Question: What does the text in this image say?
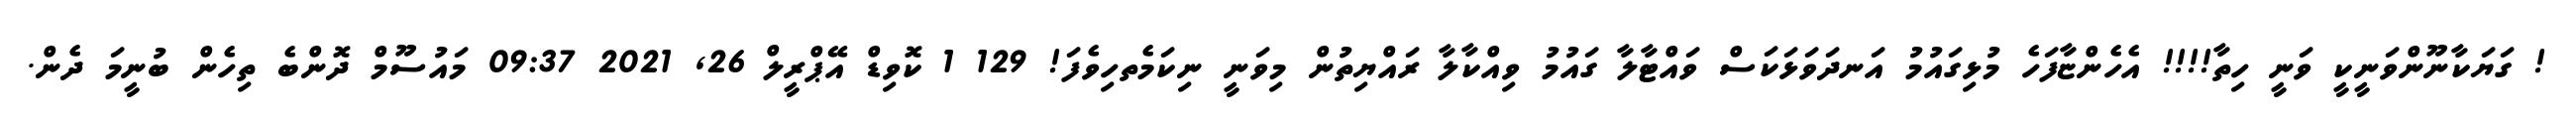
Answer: ! ގަޔަކާނޫންވަނީކީ ވަނީ ހިތާ!!!! އެހެންޏާފަހެ މުޅިގައުމު އަނދަވަޅަކަސް ވައްޓާލާ ގައުމު ވިއްކާލާ ރައްޔިތުން މިވަނީ ނިކަމެތހިވެފަ! 129 1 ކޮވިޑް އޭޕްރީލް 26, 2021 09:37 މައުސޫމް ދޮންބެ ތިހެން ބުނީމަ ދެން.